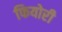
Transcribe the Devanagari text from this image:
फियोरी